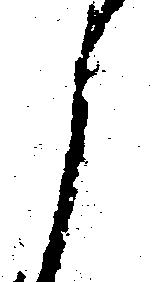
ら